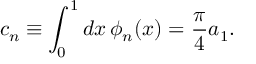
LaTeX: c _ { n } \equiv \int _ { 0 } ^ { 1 } d x \, \phi _ { n } ( x ) = \frac { \pi } { 4 } a _ { 1 } .